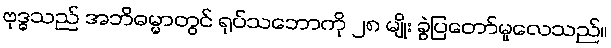
ဗုဒ္ဓသည် အဘိဓမ္မာတွင် ရုပ်သဘောကို ၂၈ မျိုး ခွဲပြတော်မူလေသည်။